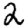
Digit: 2